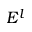
E ^ { l }